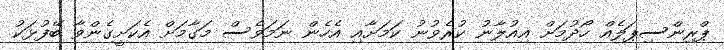
ޕްރިންސިޕަލެއް ހޯދުމަށް އިއުލާނު ކުރެވުނު ކަމަށާއި އެހެން ނަމަވެސް މަގާމަށް އެކަށީގެންވާ ބޭފުޅަކު